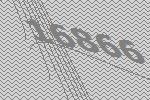
16866